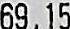
69.15